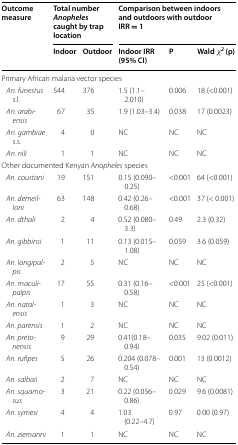
<table><thead><tr><td rowspan="2"><b>Outcome measure</b></td><td colspan="2"><b>Total number <i>Anopheles</i> caught by trap location</b></td><td colspan="3"><b>Comparison between indoors and outdoors with outdoor IRR = 1</b></td></tr><tr><td><b>Indoor</b></td><td><b>Outdoor</b></td><td><b>Indoor IRR (95% CI)</b></td><td><b>P</b></td><td><b>Wald <i>χ</i><sup><i>2</i></sup> (p)</b></td></tr></thead><tbody><tr><td colspan="6">Primary African malaria vector species</td></tr><tr><td> <i>An. funestus</i> s.l.</td><td>544</td><td>376</td><td>1.5 (1.1–2.010)</td><td>0.006</td><td>18 (&lt;0.001)</td></tr><tr><td> <i>An. arabiensis</i></td><td>67</td><td>35</td><td>1.9 (1.03–3.4)</td><td>0.038</td><td>17 (0.0023)</td></tr><tr><td> <i>An. gambiae</i> s.s.</td><td>4</td><td>0</td><td>NC</td><td>NC</td><td>NC</td></tr><tr><td> <i>An. nili</i></td><td>1</td><td>1</td><td>NC</td><td>NC</td><td>NC</td></tr><tr><td colspan="6">Other documented Kenyan <i>Anopheles</i> species</td></tr><tr><td> <i>An. coustani</i></td><td>19</td><td>151</td><td>0.15 (0.090–0.25)</td><td>&lt;0.001</td><td>64 (&lt;0.001)</td></tr><tr><td> <i>An. demeilloni</i></td><td>63</td><td>148</td><td>0.42 (0.26–0.68)</td><td>&lt;0.001</td><td>37 (&lt; 0.001)</td></tr><tr><td> <i>An. dthali</i></td><td>2</td><td>4</td><td>0.52 (0.080–3.3)</td><td>0.49</td><td>2.3 (0.32)</td></tr><tr><td> <i>An. gibbinsi</i></td><td>1</td><td>11</td><td>0.13 (0.015–1.08)</td><td>0.059</td><td>3.6 (0.059)</td></tr><tr><td> <i>An. longipalpis</i></td><td>2</td><td>5</td><td>NC</td><td>NC</td><td>NC</td></tr><tr><td> <i>An. maculipalpis</i></td><td>17</td><td>55</td><td>0.31 (0.16–0.58)</td><td>&lt;0.001</td><td>25 (&lt;0.001)</td></tr><tr><td> <i>An. natalensis</i></td><td>1</td><td>3</td><td>NC</td><td>NC</td><td>NC</td></tr><tr><td> <i>An. parensis</i></td><td>1</td><td>2</td><td>NC</td><td>NC</td><td>NC</td></tr><tr><td> <i>An. pretoriensis</i></td><td>9</td><td>29</td><td>0.41(0.18–0.94)</td><td>0.035</td><td>9.02 (0.011)</td></tr><tr><td> <i>An. rufipes</i></td><td>5</td><td>26</td><td>0.204 (0.078–0.54)</td><td>0.001</td><td>13 (0.0012)</td></tr><tr><td> <i>An. salbaii</i></td><td>2</td><td>7</td><td>NC</td><td>NC</td><td>NC</td></tr><tr><td> <i>An. squamosus</i></td><td>3</td><td>21</td><td>0.22 (0.056–0.86)</td><td>0.029</td><td>9.6 (0.0081)</td></tr><tr><td> <i>An. symesi</i></td><td>4</td><td>4</td><td>1.03 (0.22–4.7)</td><td>0.97</td><td>0.00 (0.97)</td></tr><tr><td> <i>An. ziemanni</i></td><td>1</td><td>1</td><td>NC</td><td>NC</td><td>NC</td></tr></tbody></table>